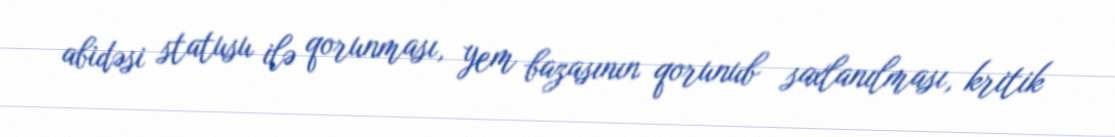
abidəsi statusu ilə qorunması, yem bazasının qorunub saxlanılması, kritik